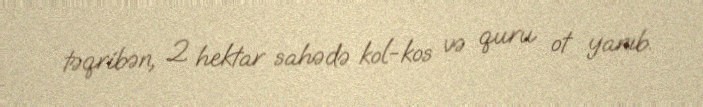
təqribən, 2 hektar sahədə kol-kos və quru ot yanıb.